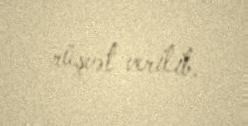
rüşvət verilib.